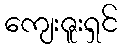
ကျေးဇူးရှင်